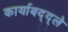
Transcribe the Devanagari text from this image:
कार्याबद्द्ले